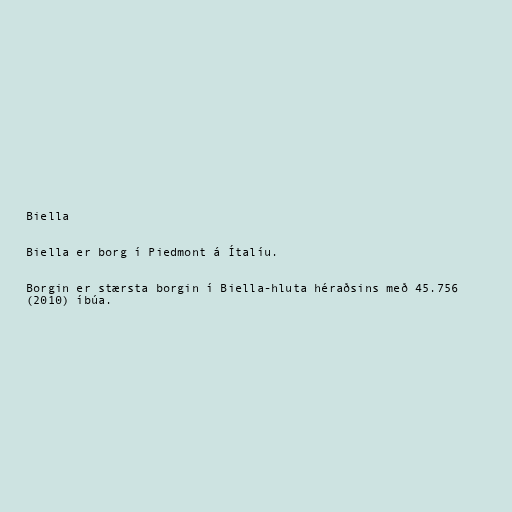
Biella

Biella er borg í Piedmont á Ítalíu.

Borgin er stærsta borgin í Biella-hluta héraðsins með 45.756
(2010) íbúa.